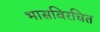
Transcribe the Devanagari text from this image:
भासविरचित